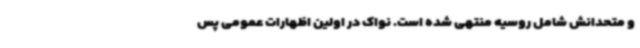
و متحدانش شامل روسیه منتهی شده است. نواک در اولین اظهارات عمومی پس